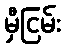
မှီငြမ်း